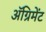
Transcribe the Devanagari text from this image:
अॅग्रिमेंट